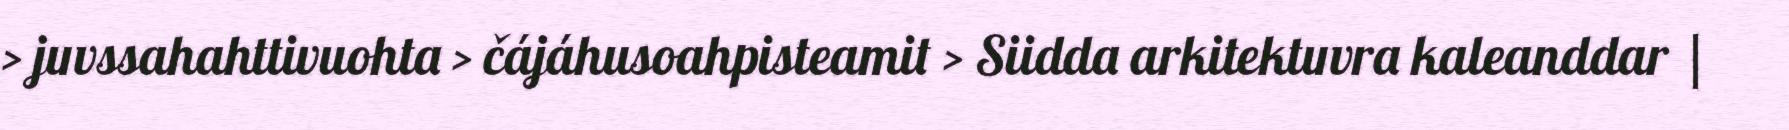
> juvssahahttivuohta > čájáhusoahpisteamit > Siidda arkitektuvra kaleanddar |